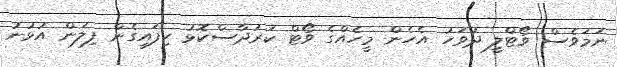
ނަމަވެސް ވޯޓްލީ ދުވަހު އެހެން މީހެއްގެ ވޯޓް ކަރުދާސްކޮޅު ހިފައިގެން ފިލަން އުޅުނު